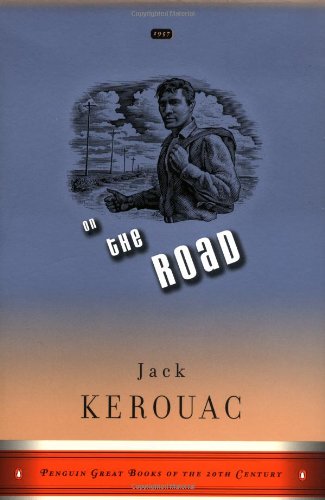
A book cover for On the Road; Jack Kerouac; Literature & Fiction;